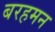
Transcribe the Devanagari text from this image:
बरहमन